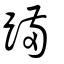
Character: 蹣